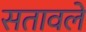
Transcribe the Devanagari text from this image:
सतावले